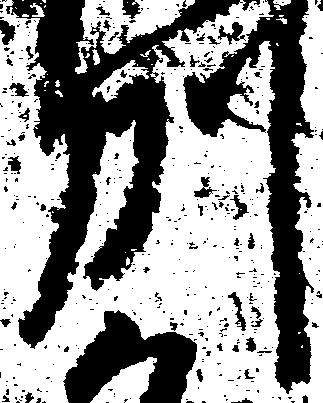
州